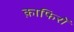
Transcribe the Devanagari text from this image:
क़ाफिरों